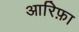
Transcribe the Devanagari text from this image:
आरिफ़ा